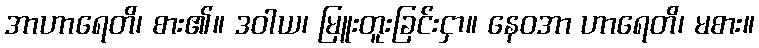
အာဟာရေတိ၊ စား၏။ ဒဝါယ၊ မြူးတူးခြင်းငှာ။ နေဝအာ ဟာရေတိ၊ မစား။